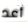
أعد